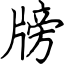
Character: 牓